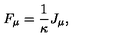
F _ { \mu } = { \frac { 1 } { \kappa } } J _ { \mu } ,